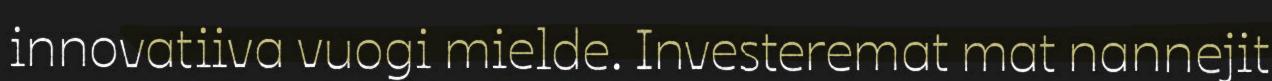
innovatiiva vuogi mielde. Investeremat mat nannejit